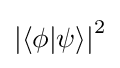
\left|\langle \phi |\psi \rangle \right|^{2}